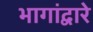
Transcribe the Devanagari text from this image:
भागांद्वारे